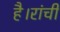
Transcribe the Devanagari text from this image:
है।रांची